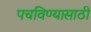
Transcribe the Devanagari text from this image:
पचविण्यासाठी